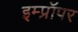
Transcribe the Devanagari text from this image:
इम्प्रॉपर